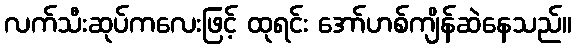
လက်သီးဆုပ်ကလေးဖြင့် ထုရင်း အော်ဟစ်ကျိန်ဆဲနေသည်။